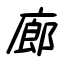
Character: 廊